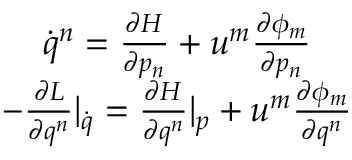
\begin{array} { c } { \dot { q } ^ { n } = \frac { \partial H } { \partial p _ { n } } + u ^ { m } \frac { \partial \phi _ { m } } { \partial p _ { n } } } \\ { - \frac { \partial L } { \partial q ^ { n } } | _ { \dot { q } } = \frac { \partial H } { \partial q ^ { n } } | _ { p } + u ^ { m } \frac { \partial \phi _ { m } } { \partial q ^ { n } } } \end{array}